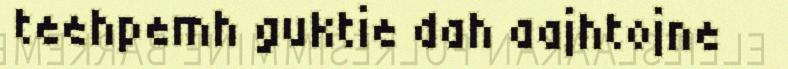
teehpemh guktie dah aajhtojne